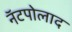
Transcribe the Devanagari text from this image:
नॅटपोलाद